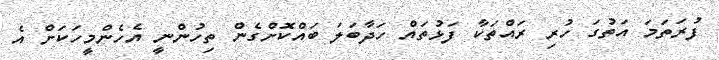
ފުރަތަމަ އަތުގަ ހުރި ރައްތަކާ ފަޅުތައް ހަދާބަލަ ބައްކޮށްގެން ތިހުންނީ އެހެންމީހަކަށް އެ